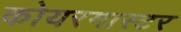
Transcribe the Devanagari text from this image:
कोयरमास्टर